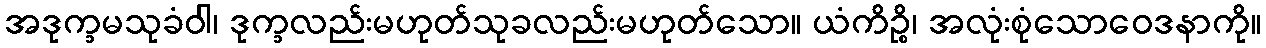
အဒုက္ခမသုခံဝါ၊ ဒုက္ခလည်းမဟုတ်သုခလည်းမဟုတ်သော။ ယံကိဉ္စိ၊ အလုံးစုံသောဝေဒနာကို။